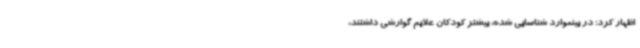
اظهار کرد: در بینموارد شناسایی شده، بیشتر کودکان علایم گوارشی داشتند،